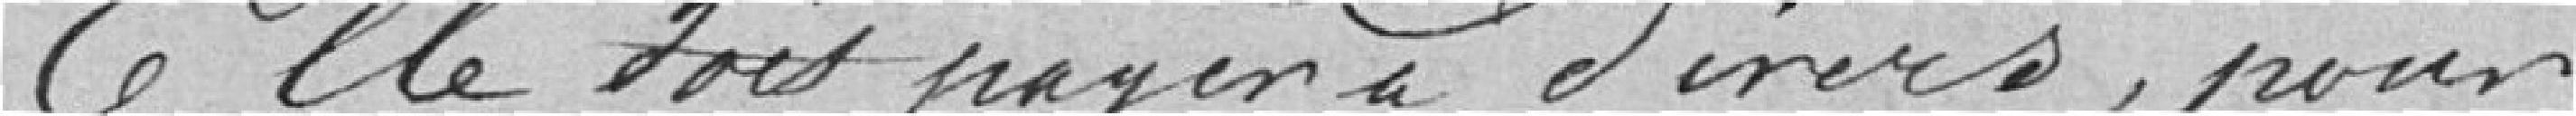
Elle doit payer à divers, pour